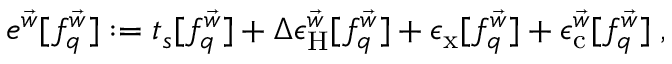
\begin{array} { r } { e ^ { \vec { w } } [ f _ { q } ^ { \vec { w } } ] : = t _ { s } [ f _ { q } ^ { \vec { w } } ] + \Delta \epsilon _ { \mathrm { H } } ^ { \vec { w } } [ f _ { q } ^ { \vec { w } } ] + \epsilon _ { \mathrm { x } } [ f _ { q } ^ { \vec { w } } ] + \epsilon _ { \mathrm { c } } ^ { \vec { w } } [ f _ { q } ^ { \vec { w } } ] \; , } \end{array}